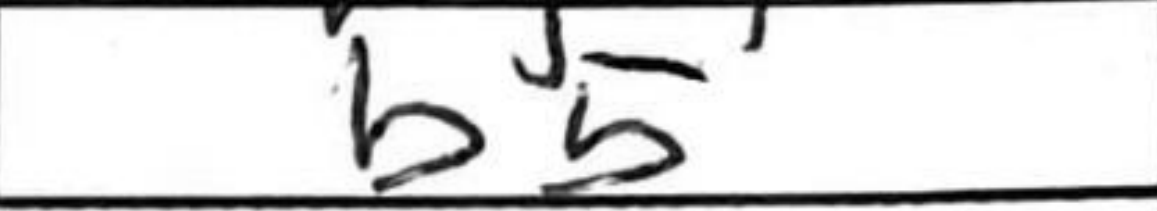
Transcription: b5